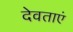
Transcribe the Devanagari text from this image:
देवताएं